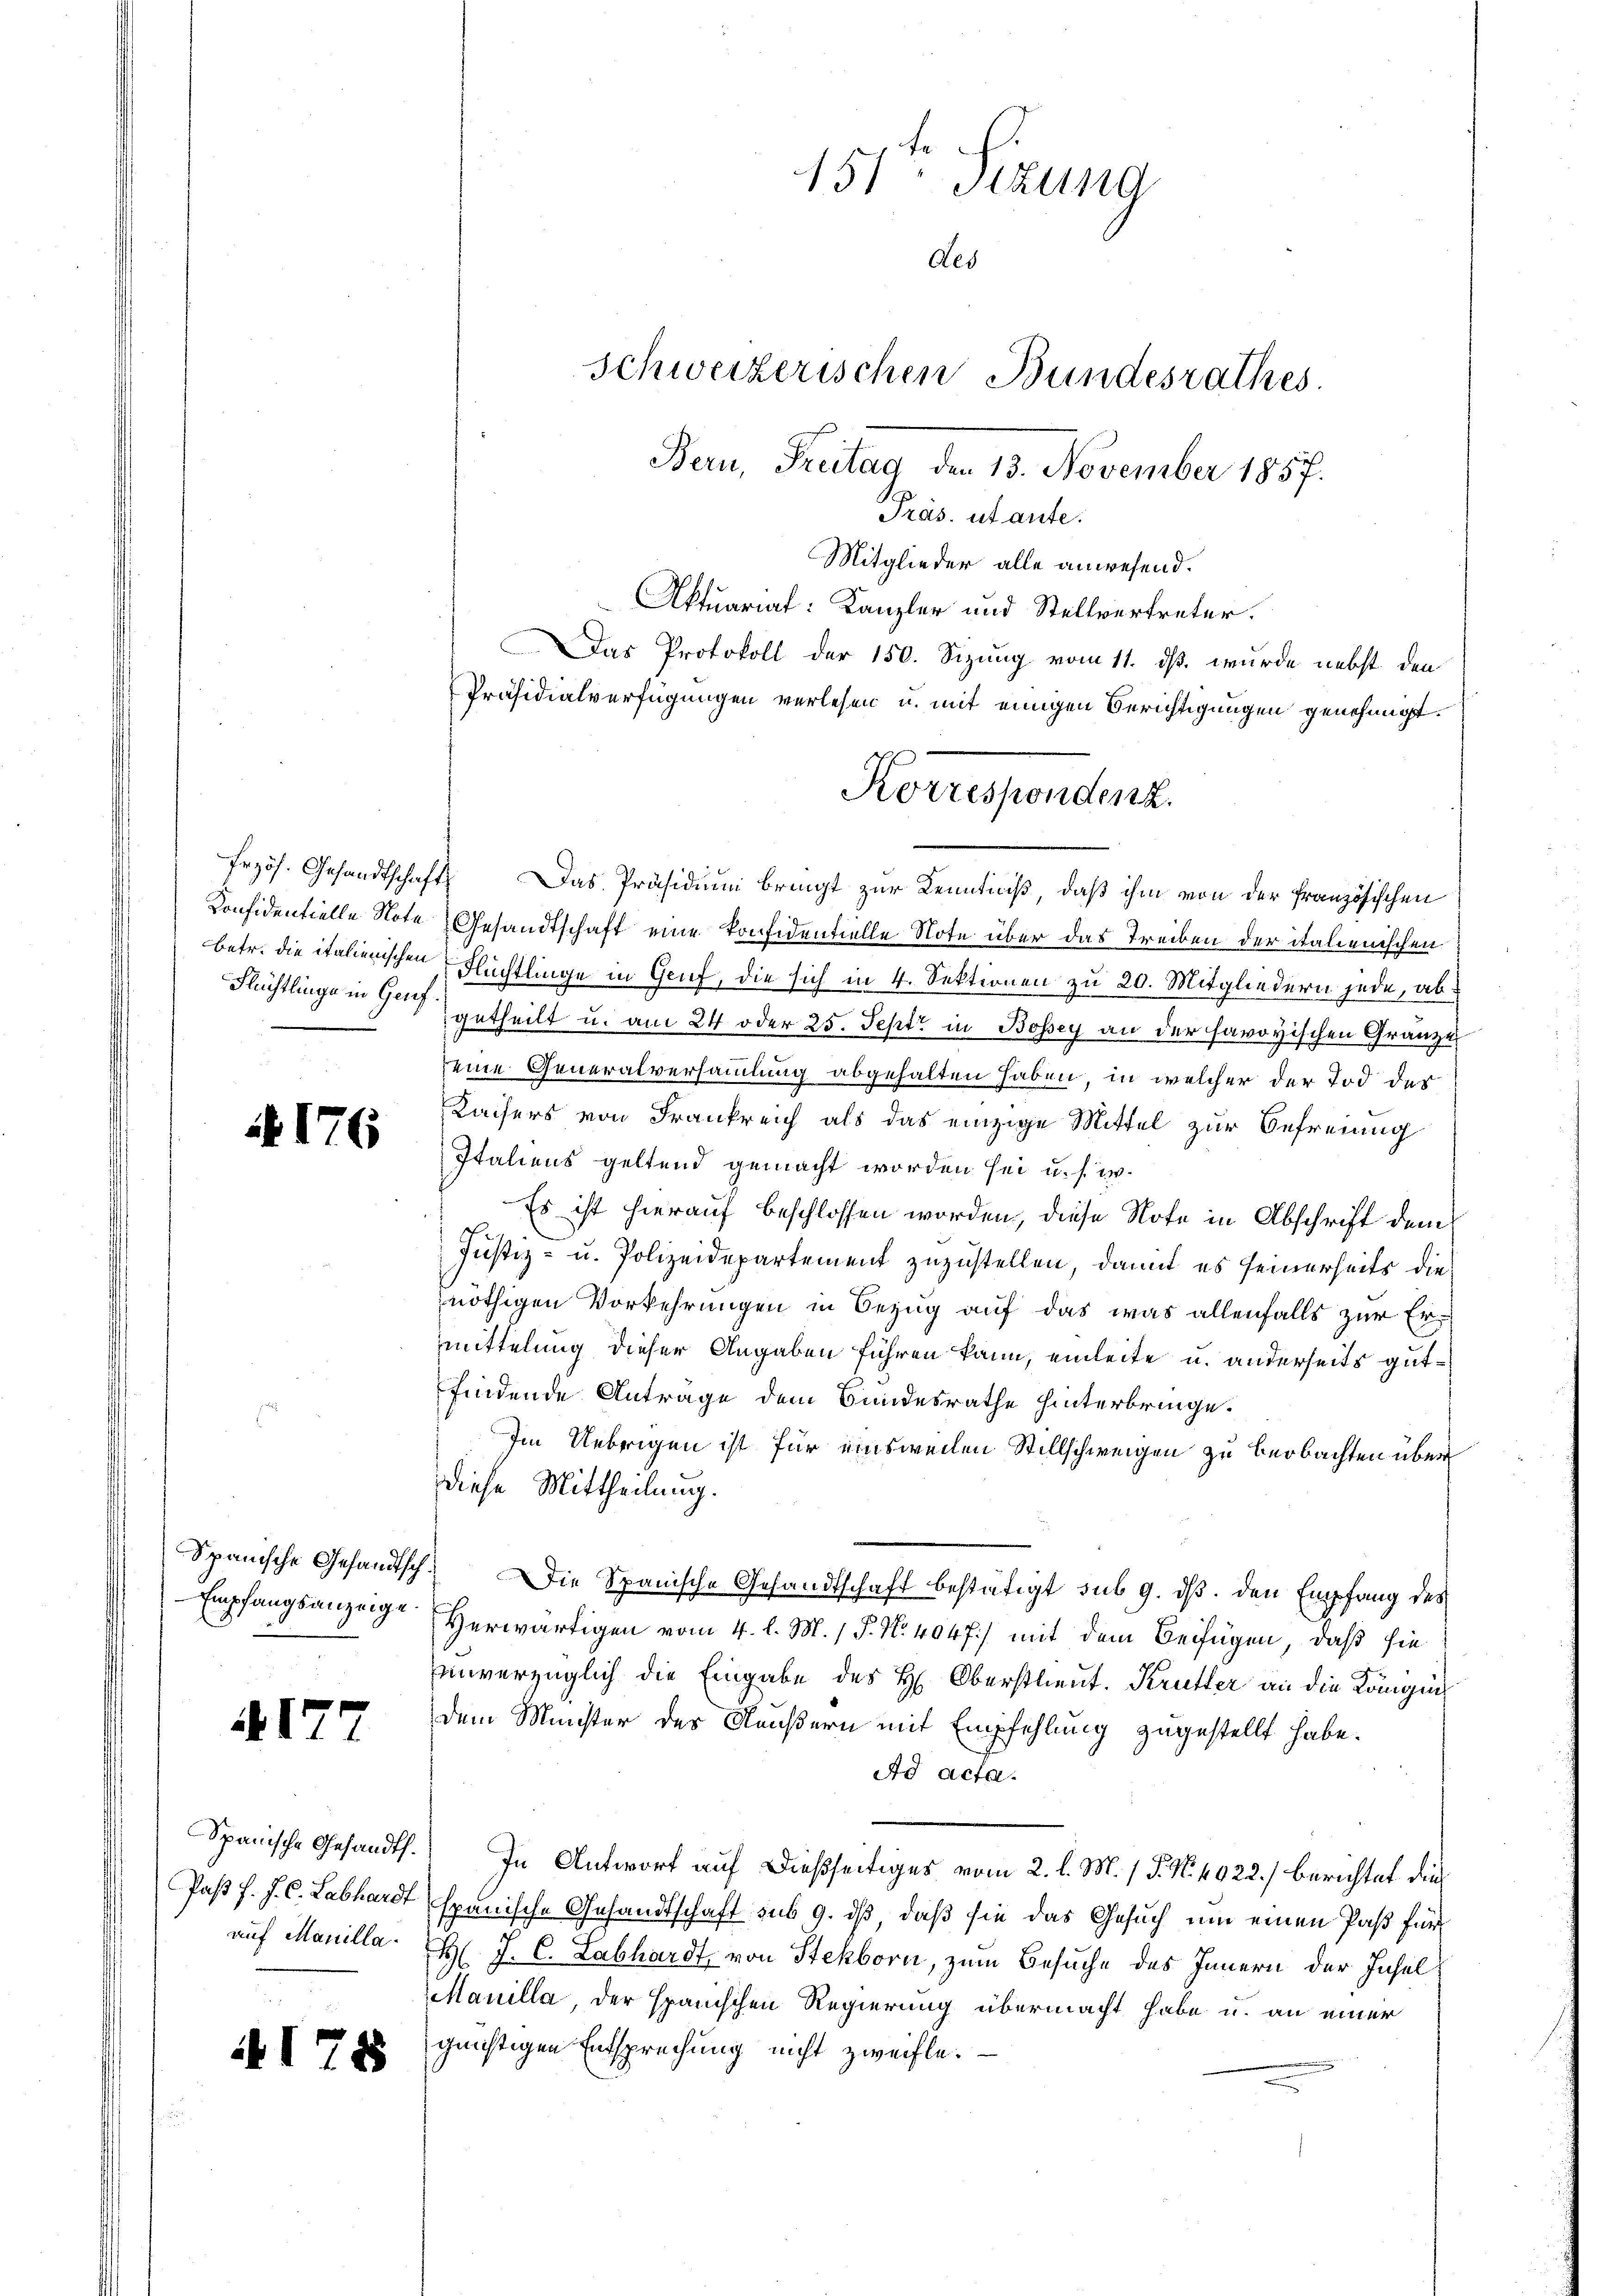
Konfidentielle Nota
betr. die italienischen
Flüchtlinge in Genf

A 176

Spanische Gesandtsch
Empfangsanzeige.

17

Spanische Gesandth.
Paßt f. J. C. Labhardt
auf Manilla.

A178

Aktuariat: Kanzler und Stellvertreter.
Das Protokoll der 150. Sizung vom 11. dß wurde nebst den
Präsidialverfügungen verlesen u. mit einigen Berichtigungen genehmigt.
Frzös. Gesandtschaft. Das Präsidium bringt zur Kenntniß, daß ihm von der Französischen
Gesandtschaft eine Konfidentielle Note über das Treiben der italienischen
Flüchtlinge in Gruf, die sich in 4. Sektionen zu 20. Mitgliedern jede, abgetheilt u. am 24 oder 25. Sept. in Bossey an der savoyischen Gränze
seine Generalversammlung abgehalten haben, in welcher der Tod der
Kaisers von Frankreich als das einzige Mittel zur Befreiung
Italiens geltend gemacht worden sei u. s. w.
Es ist hierauf beschlossen worden, diese Note in Abschrift dem
Justiz- u. Polizeidepartement zuzustellen, damit es seinerseits dienöthigen Vorkehrungen in Bezug auf das was allenfalls zur Ermittelung dieser Angaben führen kann, einleite u. anderseits gutfindende Antrage dem Bundesrathe hinterbringe.
Im Uebrigen ist für einsweilen Stillschweigen zu beobachten über
diese Mittheilung.
Die Spanische Gesandtschaft bestätigt sub 9. ds. den Empfang des
Herwärtigen vom 4. l. M. / P. Nr. 4047) mit dem Beifügen, daß sie
unverzüglich die Eingabe des H. Oberstlieut. Krutter an die Königung
dem Münster des Käußern mit Empfehlung zugestellt habe.
Ad acta.
In Antwort auf dießseitiges vom 2. l. M. / P. N. 4022.) berichtet die
spanische Gesandtschaft sub 9. dß, daß sie das Gesuch um einen Paß für
H J. C. Labhardt, von Stekborn, zum Besuche des Innern der Inhal
Manilla der spanischen Regierung übermacht habe u. an einer
günftigen Entsprechung nicht zweifle.

151 Sizung
des
Schweizerischen Bundesrathes.
Bern, Freitag den 13. November 1857.
Präs. ut ante.
Mitglieder alle anwesend.

Korrespondenz.